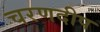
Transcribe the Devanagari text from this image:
चरणदीप